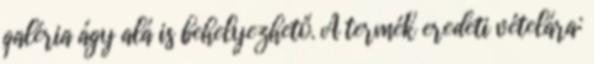
galéria ágy alá is behelyezhető. A termék eredeti vételára: